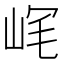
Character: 𡶮